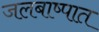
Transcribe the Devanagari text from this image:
जलबाष्पात